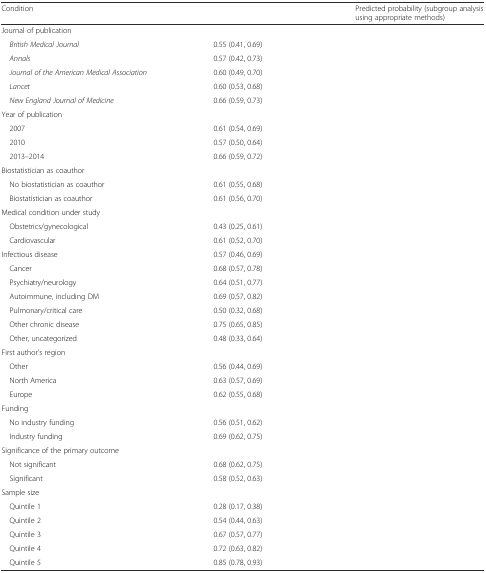
<table><thead><tr><td><b>Condition</b></td><td>[EMPTY_CELL]</td><td><b>Predicted probability (subgroup analysis using appropriate methods)</b></td></tr></thead><tbody><tr><td>Journal of publication</td><td>[EMPTY_CELL]</td><td>[EMPTY_CELL]</td></tr><tr><td> <i>British Medical Journal</i></td><td>0.55 (0.41, 0.69)</td><td>[EMPTY_CELL]</td></tr><tr><td> <i>Annals</i></td><td>0.57 (0.42, 0.73)</td><td>[EMPTY_CELL]</td></tr><tr><td> <i>Journal of the American Medical Association</i></td><td>0.60 (0.49, 0.70)</td><td>[EMPTY_CELL]</td></tr><tr><td> <i>Lancet</i></td><td>0.60 (0.53, 0.68)</td><td>[EMPTY_CELL]</td></tr><tr><td> <i>New England Journal of Medicine</i></td><td>0.66 (0.59, 0.73)</td><td>[EMPTY_CELL]</td></tr><tr><td>Year of publication</td><td>[EMPTY_CELL]</td><td>[EMPTY_CELL]</td></tr><tr><td> 2007</td><td>0.61 (0.54, 0.69)</td><td>[EMPTY_CELL]</td></tr><tr><td> 2010</td><td>0.57 (0.50, 0.64)</td><td>[EMPTY_CELL]</td></tr><tr><td> 2013–2014</td><td>0.66 (0.59, 0.72)</td><td>[EMPTY_CELL]</td></tr><tr><td>Biostatistician as coauthor</td><td>[EMPTY_CELL]</td><td>[EMPTY_CELL]</td></tr><tr><td> No biostatistician as coauthor</td><td>0.61 (0.55, 0.68)</td><td>[EMPTY_CELL]</td></tr><tr><td> Biostatistician as coauthor</td><td>0.61 (0.56, 0.70)</td><td>[EMPTY_CELL]</td></tr><tr><td>Medical condition under study</td><td>[EMPTY_CELL]</td><td>[EMPTY_CELL]</td></tr><tr><td> Obstetrics/gynecological</td><td>0.43 (0.25, 0.61)</td><td>[EMPTY_CELL]</td></tr><tr><td> Cardiovascular</td><td>0.61 (0.52, 0.70)</td><td>[EMPTY_CELL]</td></tr><tr><td>Infectious disease</td><td>0.57 (0.46, 0.69)</td><td>[EMPTY_CELL]</td></tr><tr><td> Cancer</td><td>0.68 (0.57, 0.78)</td><td>[EMPTY_CELL]</td></tr><tr><td> Psychiatry/neurology</td><td>0.64 (0.51, 0.77)</td><td>[EMPTY_CELL]</td></tr><tr><td> Autoimmune, including DM</td><td>0.69 (0.57, 0.82)</td><td>[EMPTY_CELL]</td></tr><tr><td> Pulmonary/critical care</td><td>0.50 (0.32, 0.68)</td><td>[EMPTY_CELL]</td></tr><tr><td> Other chronic disease</td><td>0.75 (0.65, 0.85)</td><td>[EMPTY_CELL]</td></tr><tr><td> Other, uncategorized</td><td>0.48 (0.33, 0.64)</td><td>[EMPTY_CELL]</td></tr><tr><td>First author’s region</td><td>[EMPTY_CELL]</td><td>[EMPTY_CELL]</td></tr><tr><td> Other</td><td>0.56 (0.44, 0.69)</td><td>[EMPTY_CELL]</td></tr><tr><td> North America</td><td>0.63 (0.57, 0.69)</td><td>[EMPTY_CELL]</td></tr><tr><td> Europe</td><td>0.62 (0.55, 0.68)</td><td>[EMPTY_CELL]</td></tr><tr><td>Funding</td><td>[EMPTY_CELL]</td><td>[EMPTY_CELL]</td></tr><tr><td> No industry funding</td><td>0.56 (0.51, 0.62)</td><td>[EMPTY_CELL]</td></tr><tr><td> Industry funding</td><td>0.69 (0.62, 0.75)</td><td>[EMPTY_CELL]</td></tr><tr><td>Significance of the primary outcome</td><td>[EMPTY_CELL]</td><td>[EMPTY_CELL]</td></tr><tr><td> Not significant</td><td>0.68 (0.62, 0.75)</td><td>[EMPTY_CELL]</td></tr><tr><td> Significant</td><td>0.58 (0.52, 0.63)</td><td>[EMPTY_CELL]</td></tr><tr><td>Sample size</td><td>[EMPTY_CELL]</td><td>[EMPTY_CELL]</td></tr><tr><td> Quintile 1</td><td>0.28 (0.17, 0.38)</td><td>[EMPTY_CELL]</td></tr><tr><td> Quintile 2</td><td>0.54 (0.44, 0.63)</td><td>[EMPTY_CELL]</td></tr><tr><td> Quintile 3</td><td>0.67 (0.57, 0.77)</td><td>[EMPTY_CELL]</td></tr><tr><td> Quintile 4</td><td>0.72 (0.63, 0.82)</td><td>[EMPTY_CELL]</td></tr><tr><td> Quintile 5</td><td>0.85 (0.78, 0.93)</td><td>[EMPTY_CELL]</td></tr></tbody></table>